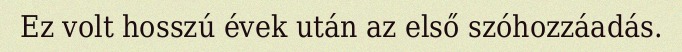
Ez volt hosszú évek után az első szóhozzáadás.